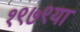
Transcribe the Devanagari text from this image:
१९७९या